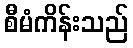
စီမံကိန်းသည်